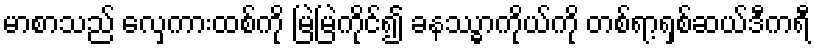
မာစာသည် လှေကားထစ်ကို မြဲမြဲကိုင်၍ ခနဿ္ဓာကိုယ်ကို တစ်ရာ့ရှစ်ဆယ်ဒီကရီ